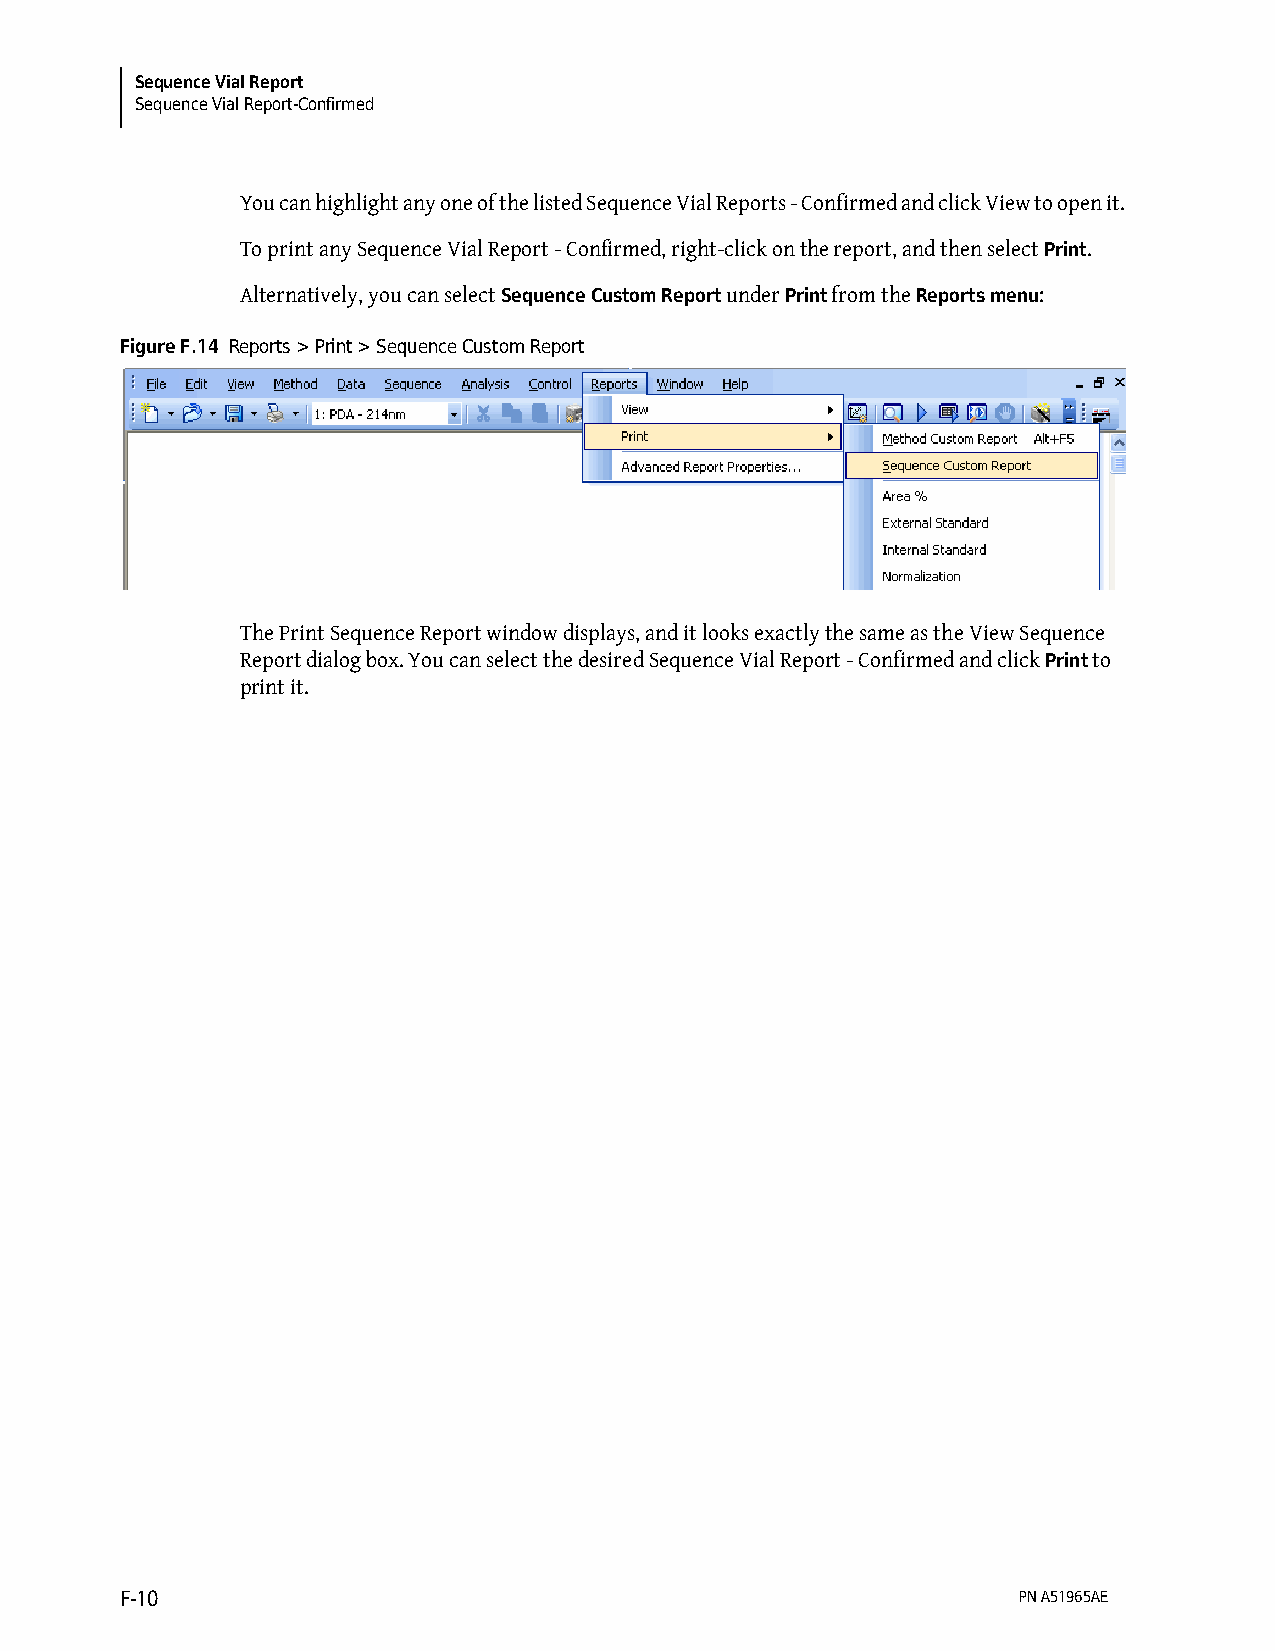
Sequence Vial Report
 Sequence Vial Report-Confirmed
 You can highlight any one of the listed Sequence Vial Reports - Confirmed and click View to open it.
 To print any Sequence Vial Report - Confirmed, right-click on the report, and then select Print.
 Alternatively, you can select Sequence Custom Report under Print from the Reports menu:
 Figure F.14 Reports > Print > Sequence Custom Report
 The Print Sequence Report window displays, and it looks exactly the same as the View Sequence
 Report dialog box. You can select the desired Sequence Vial Report - Confirmed and click Print to
 print it.
 F-10                                                       PN A51965AE